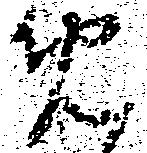
免